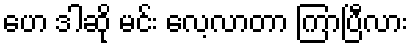
ဟေ ဒါဆို မင်း လေ့လာတာ ကြာပြီလား